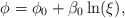
LaTeX: \begin{align*} \phi = \phi_{0} + \beta_{0}\ln(\xi),\end{align*}